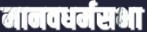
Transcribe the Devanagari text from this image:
मानवधर्मसभा